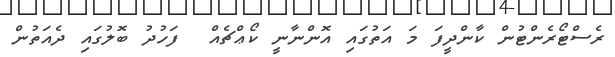
ރެސްޓޯރެންޓުން ކާންދީފަ މަ އަތުގައި އޮންނާނީ ކޯޢްޗެއް  ފަހުދު ބޮލުގައި ދެއަތުން